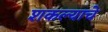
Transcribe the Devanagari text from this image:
शकल्याचे